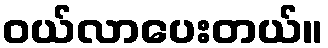
ဝယ်လာပေးတယ်။